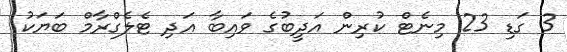
3 ގަޑި 23 މިނެޓް ކުރިން އަދީބުގެ ވައިބާ އަދި ޓެލެގްރާމް ބަޔަކު